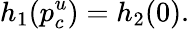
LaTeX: h_{1}(p_{c}^{u})=h_{2}(0).